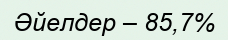
Әйелдер – 85,7%